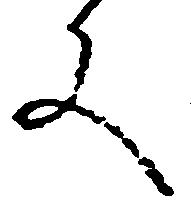
文